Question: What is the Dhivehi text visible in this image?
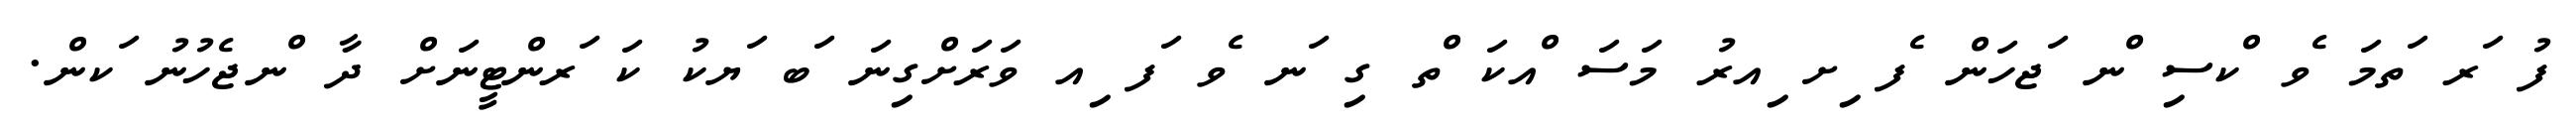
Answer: ފު ަރ ަތމަ ެވ ްކސި ްނ ަޖހަން ެފ ިށ ިއރު މަސަ ްއކަ ްތ ގި ަނ ެވ ަފ ިއ ވަރަށްގިނަ ަބ ަޔކު ކަ ަރންޓީނަށް ދާ ްނޖެހުނު ަކން.